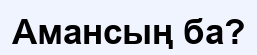
Амансың ба?